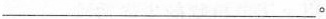
___。